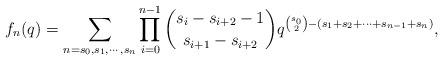
LaTeX: \begin{align*}f_n(q)=\sum_{n=s_0,s_1,\cdots, s_n}\prod_{i= 0}^{n-1} {s_i-s_{i+2}-1 \choose s_{i+1}-s_{i+2}}q^{{s_0\choose 2}-(s_1+s_2+\cdots+s_{n-1}+s_n)},\end{align*}